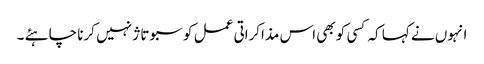
انہوں نے کہا کہ کسی کو بھی اس مذاکراتی عمل کو سبوتاژ نہیں کرنا چاہئے ۔